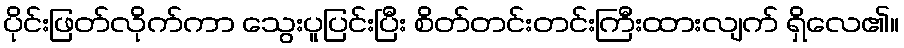
ပိုင်းဖြတ်လိုက်ကာ သွေးပူပြင်းပြီး စိတ်တင်းတင်းကြီးထားလျက် ရှိလေ၏။